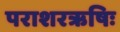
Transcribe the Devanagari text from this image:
पराशरऋषिः